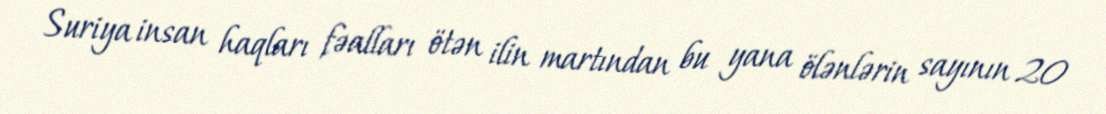
Suriya insan haqları fəalları ötən ilin martından bu yana ölənlərin sayının 20